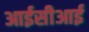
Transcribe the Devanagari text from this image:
आईसीआई